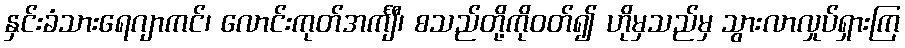
နှင်းခံသားရေဂျာကင်၊ လောင်းကုတ်အင်္ကျီ၊ စသည်တို့ကိုဝတ်၍ ဟိုမှသည်မှ သွားလာလှုပ်ရှားကြ